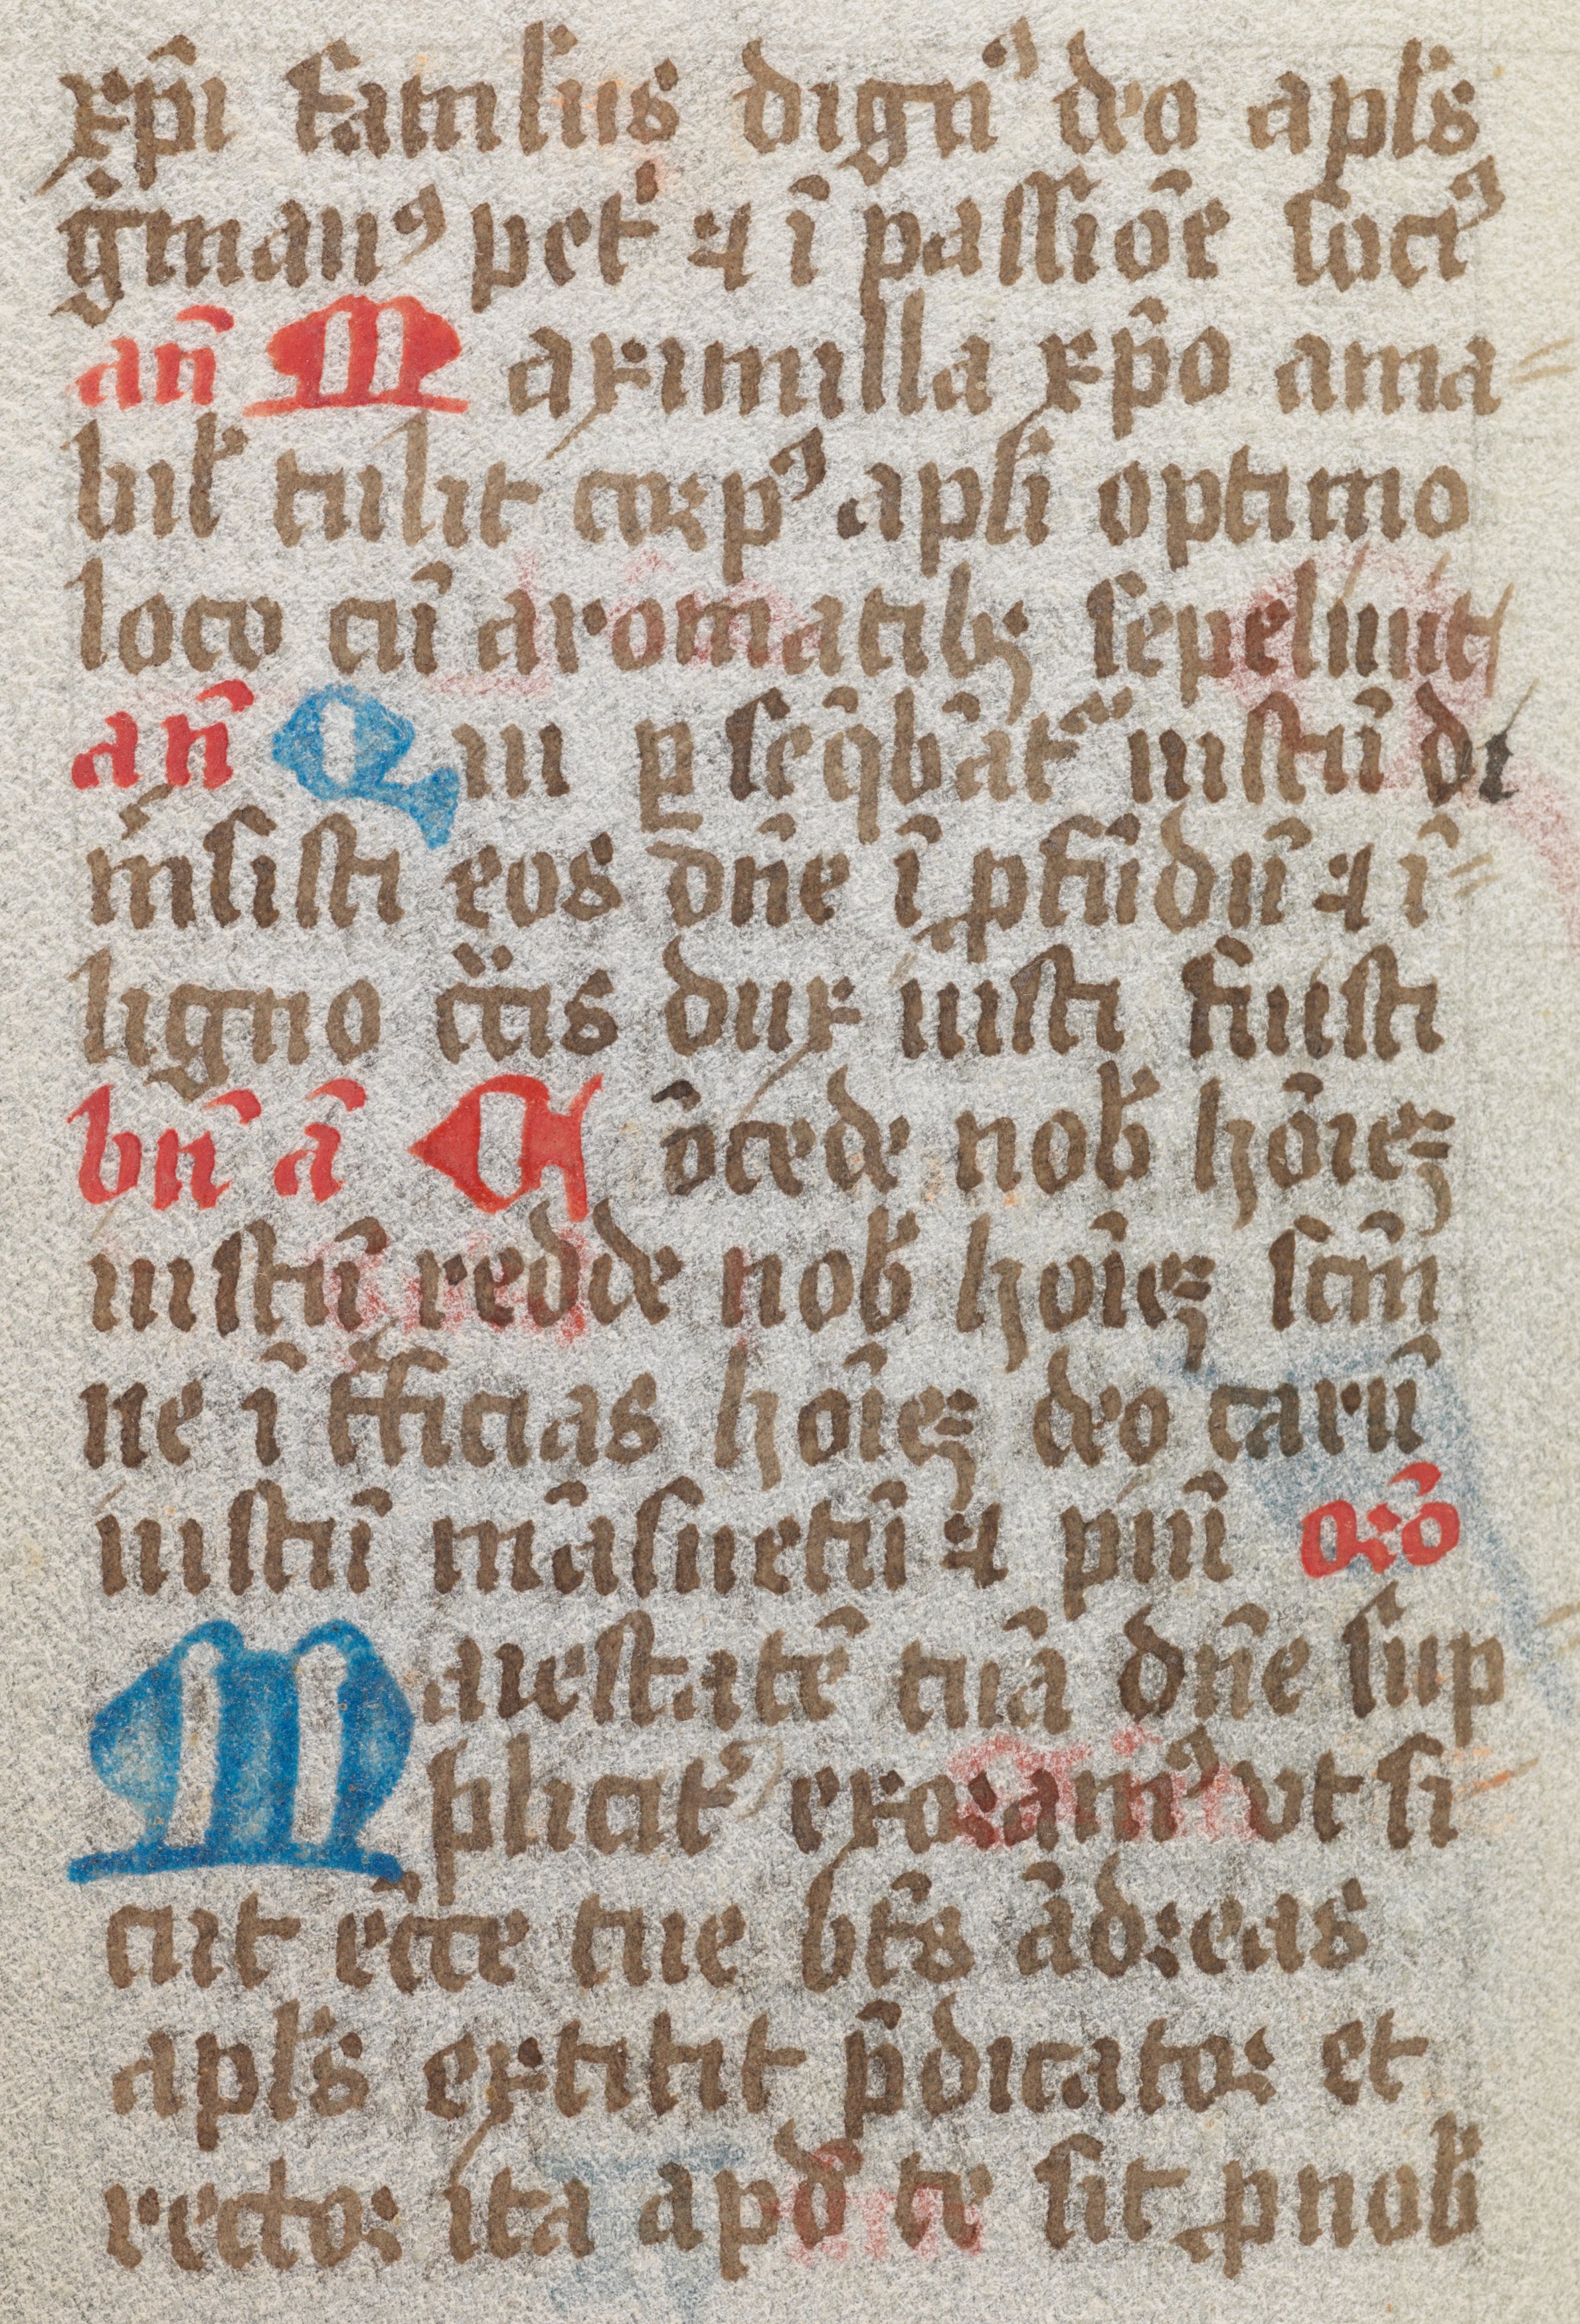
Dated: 1461–1499